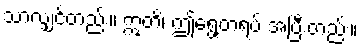
သာလျှင်တည်း။ ဣတိ၊ ဤရွေ့တရပ် အပြီးတည်း။